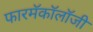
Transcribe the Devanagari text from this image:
फारमॅकॉलॉजी